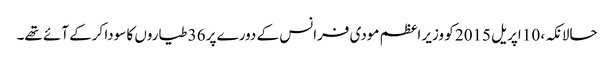
حالانکہ، 10 اپریل 2015 کو وزیر اعظم مودی فرانس کے دورے پر 36 طیاروں کا سودا کرکے آئے تھے۔